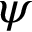
\psi